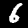
Digit: 6